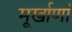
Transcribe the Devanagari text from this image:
मूर्खाणां